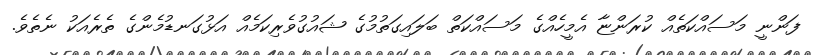
ފަންނީ މަސައްކަތެއް ކުރަންޏާ އެމީހެއްގެ މަސައްކަތް ބަލައިގަތުމުގެ ޝައުގުވެރިކަމެއް އަޅުގަނޑުމެންގެ ތެރެއަކު ނެތެވެ.